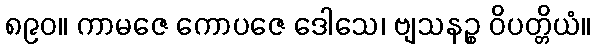
၈၉၀။ ကာမဇေ ကောပဇေ ဒေါသေ၊ ဗျသနဉ္စ ဝိပတ္တိယံ။